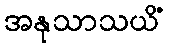
အနုသာသယိံ